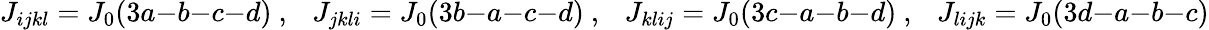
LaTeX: J_{ijkl}=J_{0}(3a{-}b{-}c{-}d)~,\ \ \ J_{jkli}=J_{0}(3b{-}a{-}c{-}d)~,\ \ \ J_{klij}=J_{0}(3c{-}a{-}b{-}d)~,\ \ \ J_{lijk}=J_{0}(3d{-}a{-}b{-c})